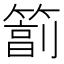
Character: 𥲮